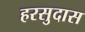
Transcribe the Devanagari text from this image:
हरसुदास